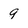
Character: 9